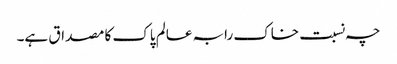
چہ نسبت خاک رابہ عالم پاک کا مصداق ہے۔